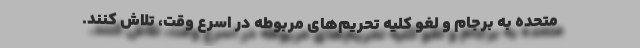
متحده به برجام و لغو کلیه تحریم‌های مربوطه در اسرع وقت، تلاش کنند.